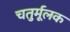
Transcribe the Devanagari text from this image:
चतुर्मूलक